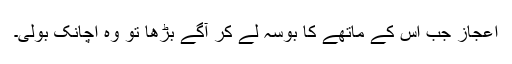
اعجاز جب اس کے ماتھے کا بوسہ لے کر آگے بڑھا تو وہ اچانک بولی۔